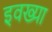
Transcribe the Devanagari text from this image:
इवख्या